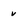
Character: v